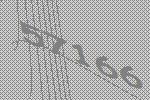
57166